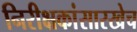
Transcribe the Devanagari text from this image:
निरीक्षकांसारखेच